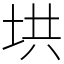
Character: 垬